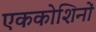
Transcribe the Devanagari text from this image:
एककोशिनों